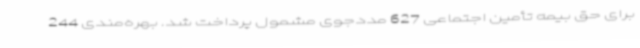
برای حق بیمه تأمین اجتماعی 627 مددجوی مشمول پرداخت شد. بهره‌مندی 244